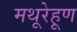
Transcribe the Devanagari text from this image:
मथूरेहूण